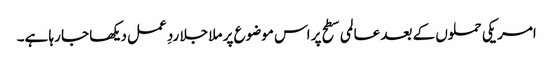
امریکی حملوں کے بعد عالمی سطح پر اس موضوع پر ملا جلا ردِ عمل دیکھا جا رہا ہے۔